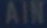
AIM